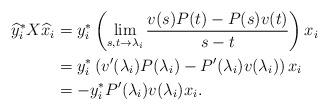
LaTeX: \begin{align*} \widehat y_i^*X\widehat x_i&= y_i^*\left(\lim_{s,t\rightarrow \lambda_i}\frac{v(s)P(t)-P(s)v(t)}{s-t} \right)x_i \\ &= y_i^*\left(v'(\lambda_i)P(\lambda_i)-P'(\lambda_i)v(\lambda_i)\right)x_i\\ &= -y_i^*P'(\lambda_i)v(\lambda_i)x_i.\end{align*}